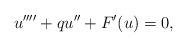
LaTeX: \begin{align*}u''''+ qu''+ F'(u)= 0,\end{align*}